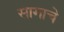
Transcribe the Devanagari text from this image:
सागाचे